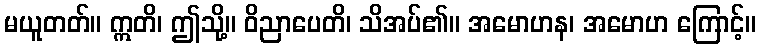
မယူတတ်။ ဣတိ၊ ဤသို့။ ဝိညာပေတိ၊ သိအပ်၏။ အမောဟန၊ အမောဟ ကြောင့်။